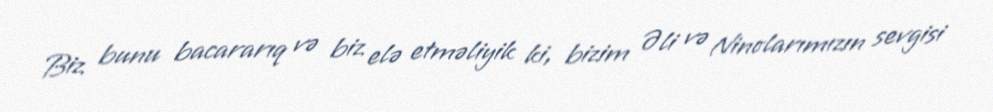
Biz bunu bacararıq və biz elə etməliyik ki, bizim Əli və Ninolarımızın sevgisi